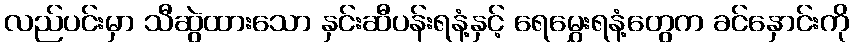
လည်ပင်းမှာ သီဆွဲထားသော နှင်းဆီပန်းရနံ့နှင့် ရေမွှေးရနံ့တွေက ခင်နှောင်းကို